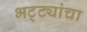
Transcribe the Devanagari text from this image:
भट्ट्यांचा